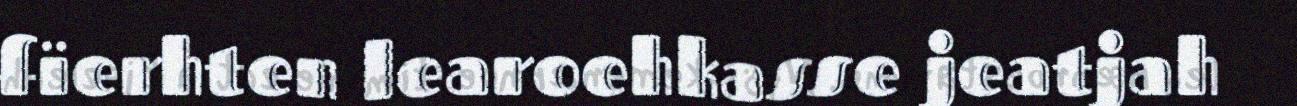
fïerhten learoehkasse jeatjah